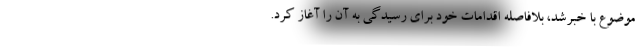
موضوع با خبرشد، بلافاصله اقدامات خود برای رسیدگی به آن را آغاز کرد.